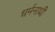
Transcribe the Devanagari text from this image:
धर्मनाथी